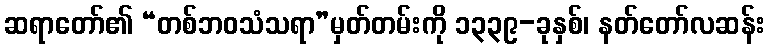
ဆရာတော်၏ “တစ်ဘဝသံသရာ”မှတ်တမ်းကို ၁၃၃၉-ခုနှစ်၊ နတ်တော်လဆန်း